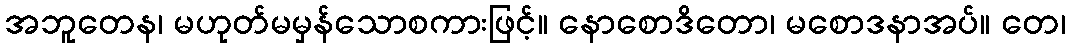
အဘူတေန၊ မဟုတ်မမှန်သောစကားဖြင့်။ နောစောဒိတော၊ မစောဒနာအပ်။ တေ၊